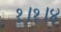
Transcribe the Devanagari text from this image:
१।१।४